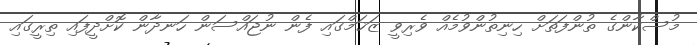
މުސްކާންގެ ތުންފަތަށް ހިނިތުންވުމެއް ވެރިވީ ޒަޚަމްގައި ފެން ނުޖައްސަން ހަނދާން ކޮށްދީފައި ތިރީގައި